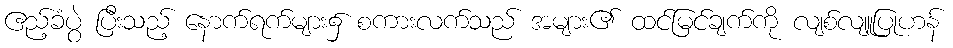
ဧည့်ခံပွဲ ပြီးသည့် နောက်ရက်များ၌ စကားလက်သည် အများ၏ ထင်မြင်ချက်ကို လျစ်လျူပြုဟန်